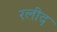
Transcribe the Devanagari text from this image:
रलीद